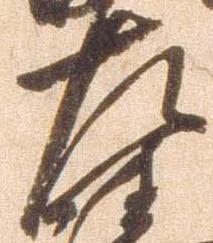
左